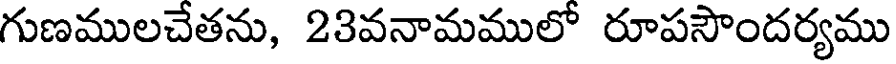
గుణములచేతను, 23వనామములో రూపసౌందర్యము